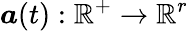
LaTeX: \boldsymbol{a}(t):\mathbb{R}^{+}\rightarrow\mathbb{R}^{r}